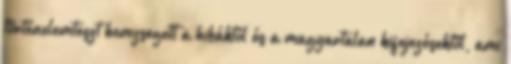
történelemteszt hemzsegett a hibáktól és a magyartalan kifejezésektől, ami